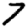
Digit: 7